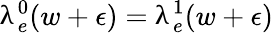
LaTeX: \uplambda_{e}^{0}(w+\epsilon)=\uplambda_{e}^{1}(w+\epsilon)